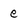
Character: e